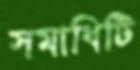
সমাধিটি